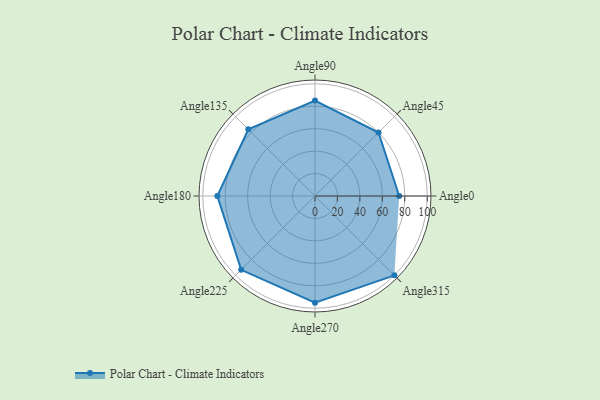
{"axis": {"x": "Angle", "y": "Radius"}, "legend": [""], "data": [{"x": "Angle0", "y": 75.0, "type": ""}, {"x": "Angle45", "y": 80.0, "type": ""}, {"x": "Angle90", "y": 85.0, "type": ""}, {"x": "Angle135", "y": 84.0, "type": ""}, {"x": "Angle180", "y": 87.0, "type": ""}, {"x": "Angle225", "y": 93.0, "type": ""}, {"x": "Angle270", "y": 95.0, "type": ""}, {"x": "Angle315", "y": 100.0, "type": ""}]}